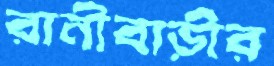
রানীবাড়ীর